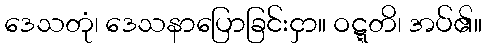
ဒေသတုံ၊ ဒေသနာပြောခြင်းငှာ။ ဝဋ္ဋတိ၊ အပ်၏။